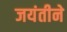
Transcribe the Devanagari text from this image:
जयंतीने